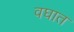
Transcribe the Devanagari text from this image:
वघात